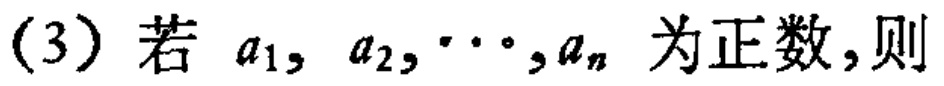
(3) 若 \(a_{1},a_{2},\cdots,a_{n}\) 为正数，则